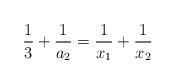
LaTeX: \begin{align*}\frac{1}{3} + \frac{1}{a_2} = \frac{1}{x_1} + \frac{1}{x_2} \end{align*}